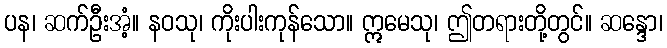
ပန၊ ဆက်ဦးအံ့။ နဝသု၊ ကိုးပါးကုန်သော။ ဣမေသု၊ ဤတရားတို့တွင်။ ဆန္ဒော၊